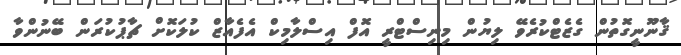
ޤާނޫނީގޮތުން ގެޒެޓްކުރެވޭ ލިޔުން މިނިސްޓްރީ އޮފް އިސްލާމިކް އެފެއާޒް ކުލަކޮށް ޗާޕުކުރަން ބޭނުންވާ